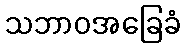
သဘာဝအခြေခံ